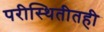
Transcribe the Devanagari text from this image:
परीस्थितीतही